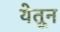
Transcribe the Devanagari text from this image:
येतून